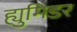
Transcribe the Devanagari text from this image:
ह्युमिडर